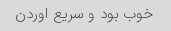
خوب بود و سریع اوردن